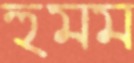
হুমম